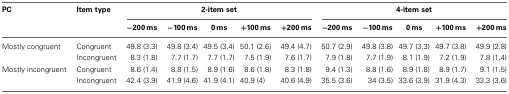
<table><thead><tr><td><b>PC</b></td><td><b>Item type</b></td><td colspan="5"><b>2-item set</b></td><td colspan="5"><b>4-item set</b></td></tr><tr><td></td><td></td><td><b>−200 ms</b></td><td><b>−100 ms</b></td><td><b>0 ms</b></td><td><b>+100 ms</b></td><td><b>+200 ms</b></td><td><b>−200 ms</b></td><td><b>−100 ms</b></td><td><b>0 ms</b></td><td><b>+100 ms</b></td><td><b>+200 ms</b></td></tr></thead><tbody><tr><td>Mostly congruent</td><td>Congruent</td><td>49.8 (3.3)</td><td>49.8 (3.4)</td><td>49.5 (3.4)</td><td>50.1 (2.6)</td><td>49.4 (4.7)</td><td>50.7 (2.9)</td><td>49.8 (3.8)</td><td>49.7 (3.3)</td><td>49.7 (3.8)</td><td>49.9 (2.8)</td></tr><tr><td></td><td>Incongruent</td><td>8.3 (1.8)</td><td>7.7 (1.7)</td><td>7.7 (1.7)</td><td>7.5 (1.9)</td><td>7.6 (1.7)</td><td>7.9 (1.8)</td><td>7.7 (1.9)</td><td>8.1 (1.9)</td><td>7.2 (1.9)</td><td>7.8 (1.4)</td></tr><tr><td>Mostly incongruent</td><td>Congruent</td><td>8.6 (1.4)</td><td>8.8 (1.5)</td><td>8.9 (1.6)</td><td>8.6 (1.8)</td><td>8.3 (1.8)</td><td>9.4 (1.3)</td><td>8.8 (1.6)</td><td>8.9 (1.8)</td><td>8.9 (1.7)</td><td>9.1 (1.5)</td></tr><tr><td></td><td>Incongruent</td><td>42.4 (3.9)</td><td>41.9 (4.6)</td><td>41.9 (4.1)</td><td>40.9 (4)</td><td>40.6 (4.9)</td><td>35.5 (3.6)</td><td>34 (3.5)</td><td>33.6 (3.9)</td><td>31.9 (4.3)</td><td>33.3 (3.6)</td></tr></tbody></table>